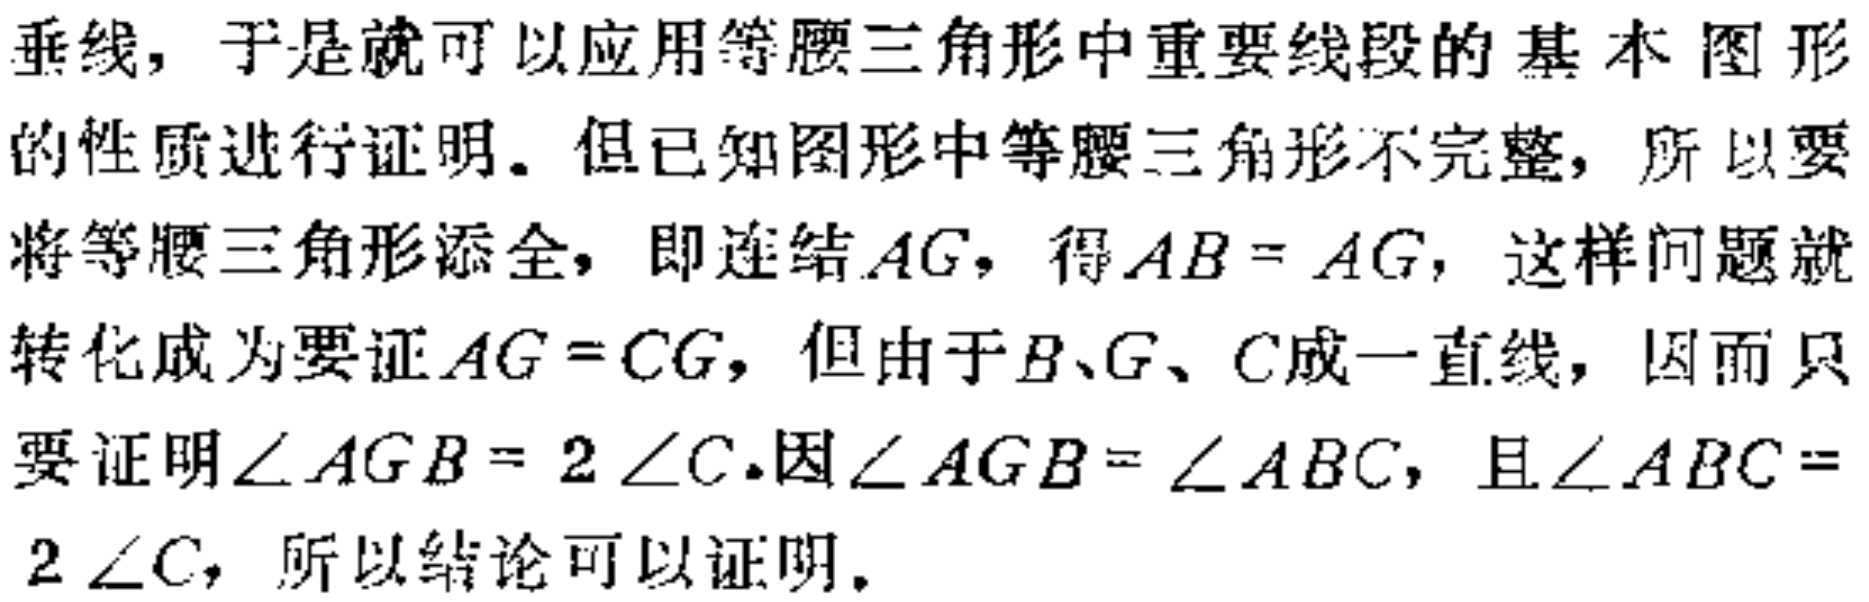
垂线，于是就可以应用等腰三角形中重要线段的基本图形

的性质进行证明. 但已知图形中等腰三角形不完整，所以要

将等腰三角形添全，即连结\(AG\)，得\(AB = AG\)，这样问题就

转化成为要证\(AG = CG\)，但由于\(B、G、C\)成一直线，因而只

要证明\(\angle AGB = 2\angle C\).因\(\angle AGB=\angle ABC\)，且\(\angle ABC =

2\angle C\)，所以结论可以证明.